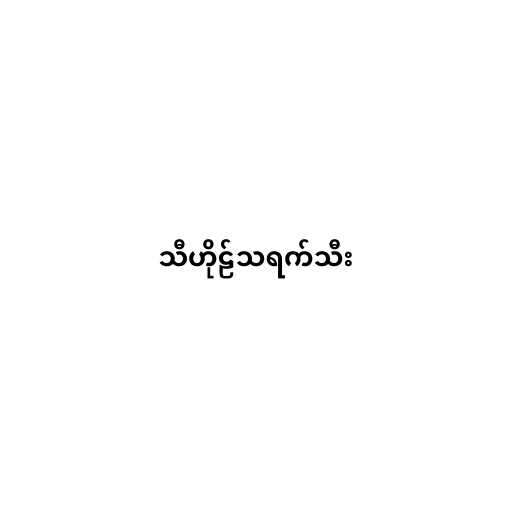
သီဟိုဠ်သရက်သီး